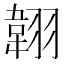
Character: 𦑻